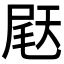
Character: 𫯨